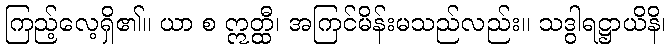
ကြည့်လေ့ရှိ၏။ ယာ စ ဣတ္ထီ၊ အကြင်မိန်းမသည်လည်း။ သဒွါရဋ္ဌာယိနိ၊